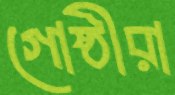
গোষ্ঠীরা